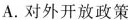
A.对外开放政策